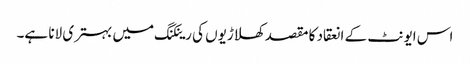
اس ایونٹ کے انعقاد کا مقصد کھلاڑیوں کی رینکنگ میں بہتری لانا ہے۔